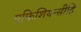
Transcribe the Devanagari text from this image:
एफिशियन्सीहि